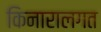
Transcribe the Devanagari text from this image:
किनारालगत